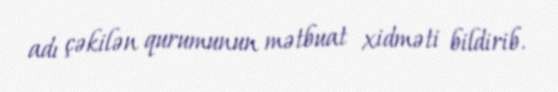
adı çəkilən qurumunun mətbuat xidməti bildirib.